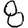
Digit: 8